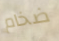
ضخام